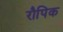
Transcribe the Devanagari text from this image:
रौपिक